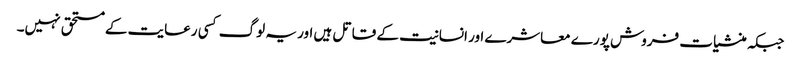
جبکہ منشیات فروش پورے معاشرے اور انسانیت کے قاتل ہیں اور یہ لوگ کسی رعایت کے مستحق نہیں۔